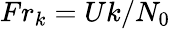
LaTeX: Fr_{k}=Uk/N_{0}